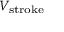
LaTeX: \scriptstyle V _ { \mathrm { s t r o k e } }